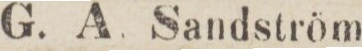
G. A. Sandström,